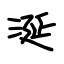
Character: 涎